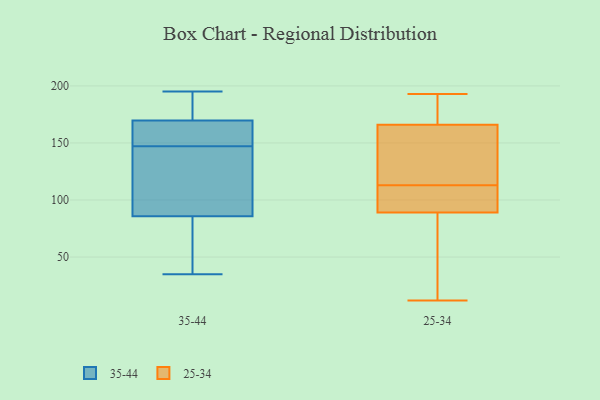
{"axis": {"x": "Energy Usage (MWh)", "y": "Value"}, "legend": ["25-34", "35-44"], "data": [{"x": "", "y": 147, "type": "35-44"}, {"x": "", "y": 50, "type": "35-44"}, {"x": "", "y": 35, "type": "35-44"}, {"x": "", "y": 164, "type": "35-44"}, {"x": "", "y": 162, "type": "35-44"}, {"x": "", "y": 172, "type": "35-44"}, {"x": "", "y": 90, "type": "35-44"}, {"x": "", "y": 127, "type": "35-44"}, {"x": "", "y": 136, "type": "35-44"}, {"x": "", "y": 195, "type": "35-44"}, {"x": "", "y": 73, "type": "35-44"}, {"x": "", "y": 169, "type": "35-44"}, {"x": "", "y": 195, "type": "35-44"}, {"x": "", "y": 186, "type": "25-34"}, {"x": "", "y": 165, "type": "25-34"}, {"x": "", "y": 193, "type": "25-34"}, {"x": "", "y": 110, "type": "25-34"}, {"x": "", "y": 154, "type": "25-34"}, {"x": "", "y": 12, "type": "25-34"}, {"x": "", "y": 169, "type": "25-34"}, {"x": "", "y": 124, "type": "25-34"}, {"x": "", "y": 167, "type": "25-34"}, {"x": "", "y": 116, "type": "25-34"}, {"x": "", "y": 94, "type": "25-34"}, {"x": "", "y": 123, "type": "25-34"}, {"x": "", "y": 73, "type": "25-34"}, {"x": "", "y": 97, "type": "25-34"}, {"x": "", "y": 99, "type": "25-34"}, {"x": "", "y": 84, "type": "25-34"}, {"x": "", "y": 100, "type": "25-34"}, {"x": "", "y": 177, "type": "25-34"}, {"x": "", "y": 74, "type": "25-34"}, {"x": "", "y": 47, "type": "25-34"}]}